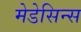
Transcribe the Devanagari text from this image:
मेडेसिन्स